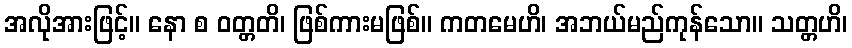
အလိုအားဖြင့်။ နော စ ဝတ္တတိ၊ ဖြစ်ကားမဖြစ်။ ကတမေဟိ၊ အဘယ်မည်ကုန်သော။ သတ္တဟိ၊